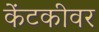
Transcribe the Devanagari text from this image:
केंटकीवर